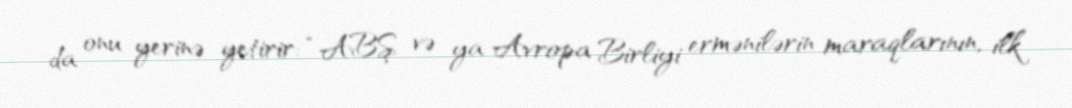
da onu yerinə yetirir: “ABŞ və ya Avropa Birliyi ermənilərin maraqlarının, ilk